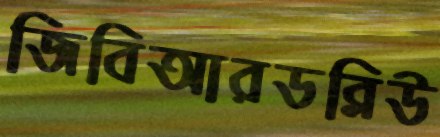
জিবিআরডব্লিউ